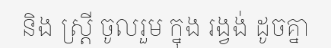
និង ស្ត្រី ចូលរួម ក្នុង រង្វង់ ដូចគ្នា